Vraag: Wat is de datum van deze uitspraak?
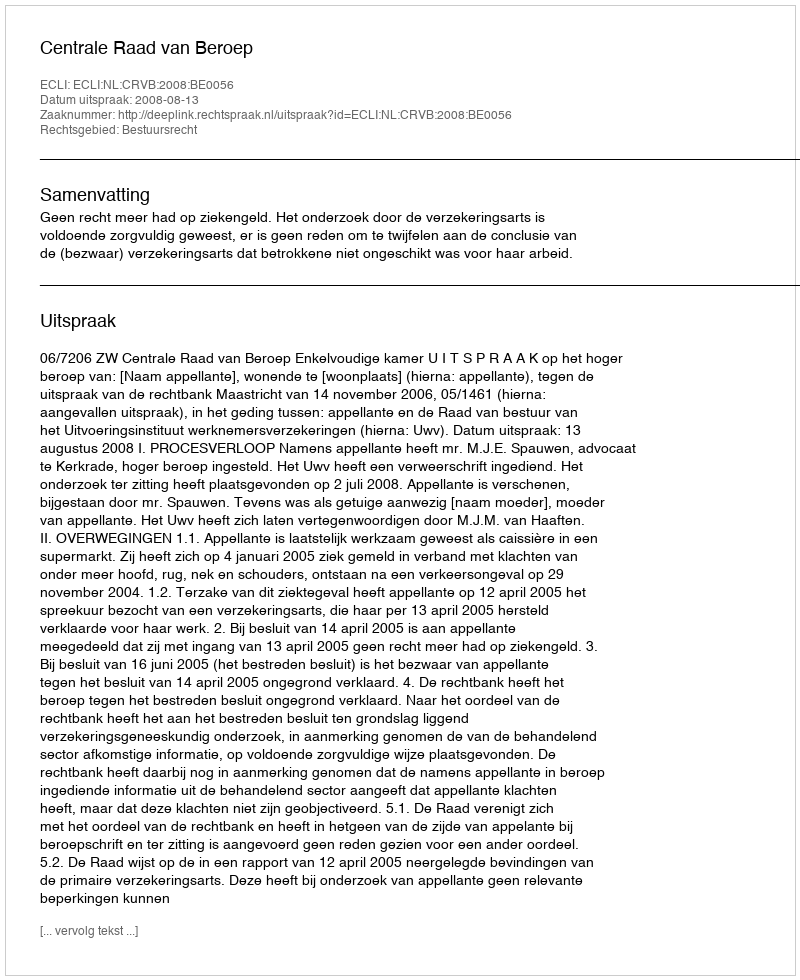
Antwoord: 2008-08-13